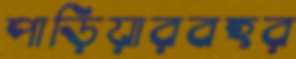
পাড়িয়ারবহর